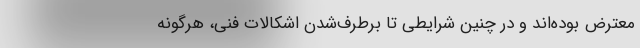
معترض بوده‌اند و در چنین شرایطی تا برطرف‌شدن اشکالات فنی، هرگونه